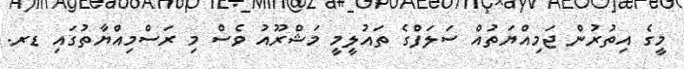
މީގެ އިތުރުން ޖަމިއްޔަތުއް ސަލަފްގެ ތައުލީމީ މަޝްރޫއު ވެސް މި ރަސްމިއްޔާތުގައި ޑރ.